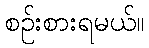
စဉ်းစားရမယ်။